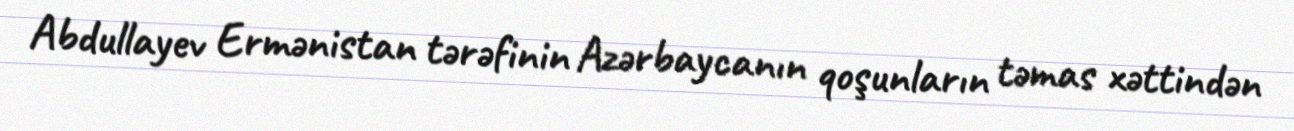
Abdullayev Ermənistan tərəfinin Azərbaycanın qoşunların təmas xəttindən